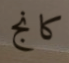
كانج